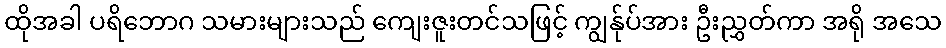
ထိုအခါ ပရိဘောဂ သမားများသည် ကျေးဇူးတင်သဖြင့် ကျွန်ုပ်အား ဦးညွှတ်ကာ အရို အသေ